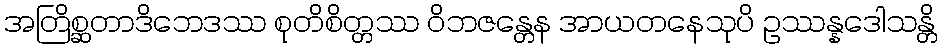
အတြိစ္ဆတာဒိဘေဒဿ စုတိစိတ္တဿ ဝိဘဇန္တေန အာယတနေသုပိ ဥဿန္နဒေါသန္တိ